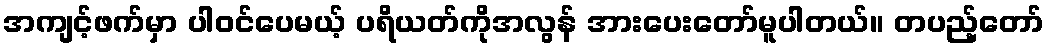
အကျင့်ဖက်မှာ ပါဝင်ပေမယ့် ပရိယတ်ကိုအလွန် အားပေးတော်မူပါတယ်။ တပည့်တော်